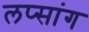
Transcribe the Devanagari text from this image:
लप्सांग